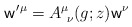
\begin{align*}{\sf w}^{\prime}{}^{\mu}=A^{\mu}_{~\nu}(g;z){\sf w}^{\nu}\end{align*}